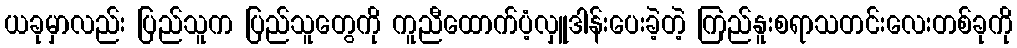
ယခုမှာလည်း ပြည်သူက ပြည်သူတွေကို ကူညီထောက်ပံ့လှူဒါန်းပေးခဲ့တဲ့ ကြည်နူးစရာသတင်းလေးတစ်ခုကို